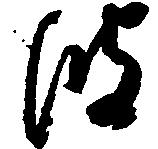
波